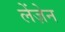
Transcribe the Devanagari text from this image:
लेंज़ेन